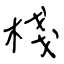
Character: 棧